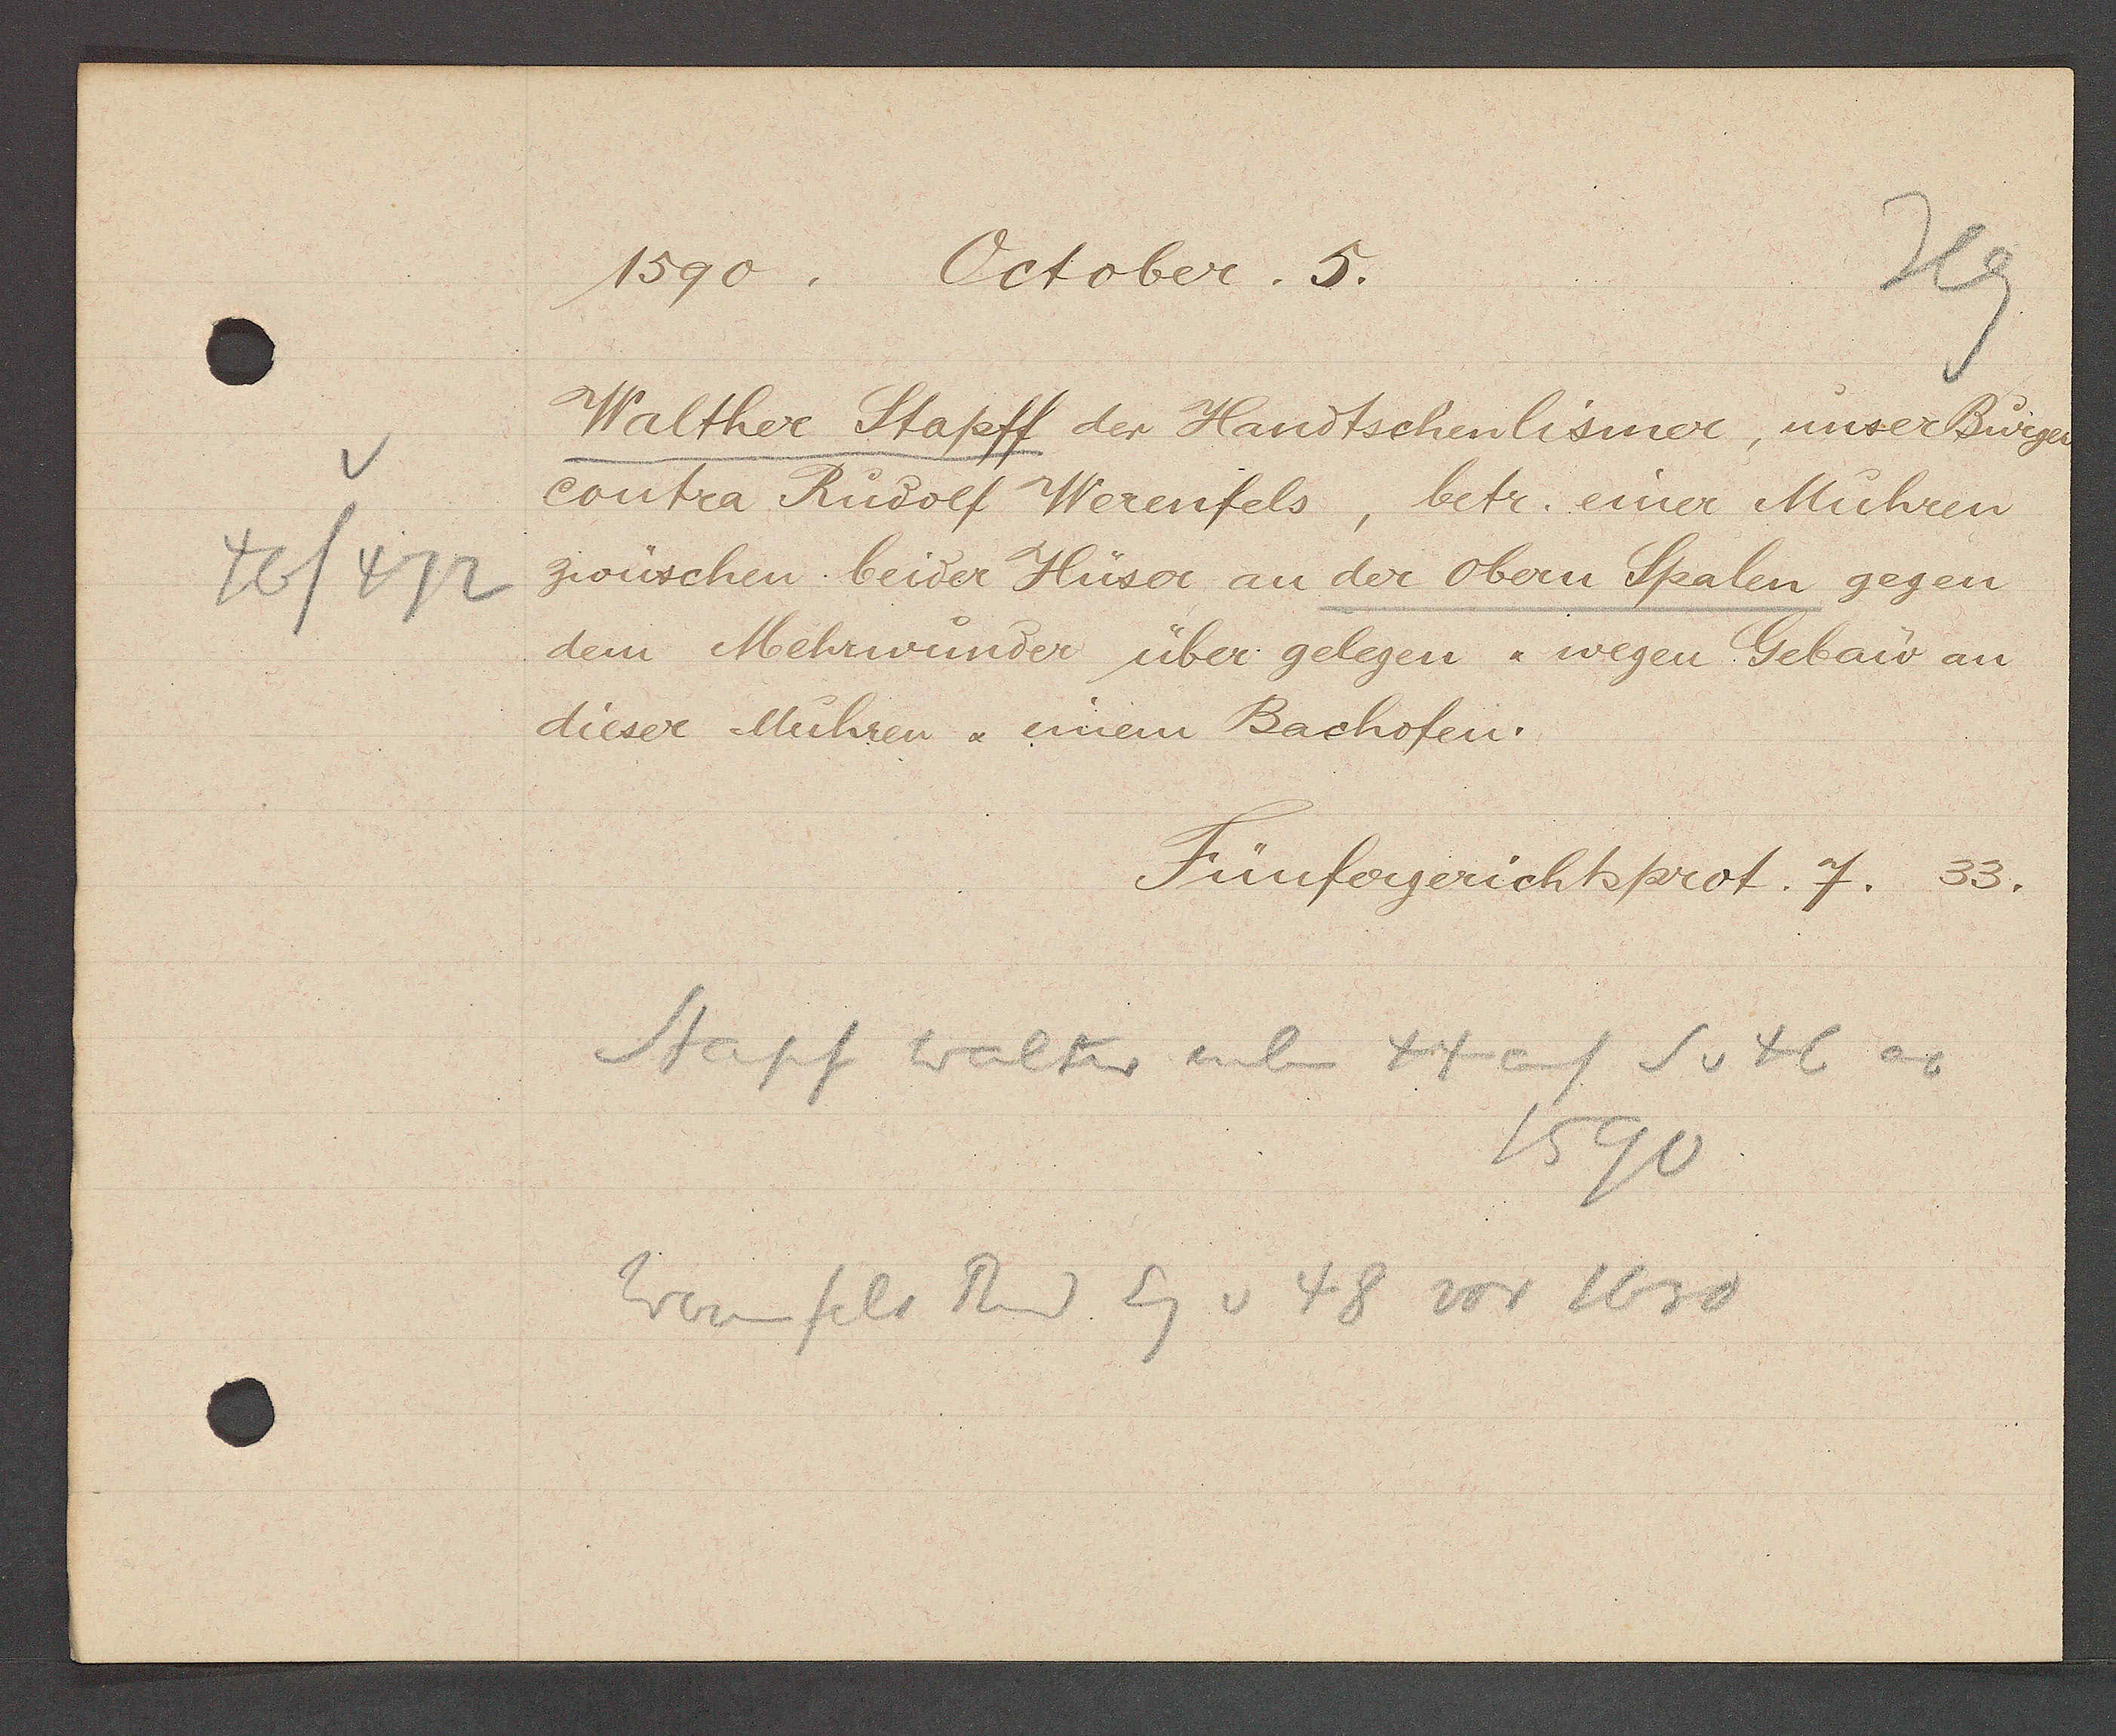
Transcript:
46/472

1590. October. 5.

Walther Stapff der Handtschenlismer, unser Bürger
contra Rudolf Werenfels, betr. einer Muhren
zwüschen beider Hüser an der obern Spalen gegen
dem Mehrwunder über gelegen & wegen Gebau an
dieser Muhren & einem Bachofen.

Fünfergerichtsprot. 7.
33.

Stapf Walter neben 44 auf S v 46 ao
1590
Werenfels Rud Eg v 48 vor 1630